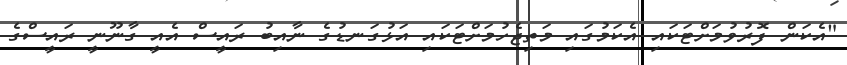
"އެކަން ފޮރުވުމަށްޓަކައި އެކަމުގައި މަތިޖެހުމަށްޓަކައި އަޅުގަނޑުގެ ނާއިބު ރައީސް އެއީ ގާނޫނީ ރައީސްގެ